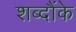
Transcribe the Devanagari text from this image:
शब्दौंके